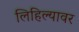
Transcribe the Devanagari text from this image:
लिहिल्यावर